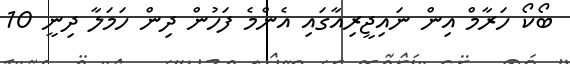
ބޯކޯ ހަރާމް އިން ނައިޖީރިއާގައި އެންމެ ފަހުން ދިން ހަމަލާ ދިނީ 10